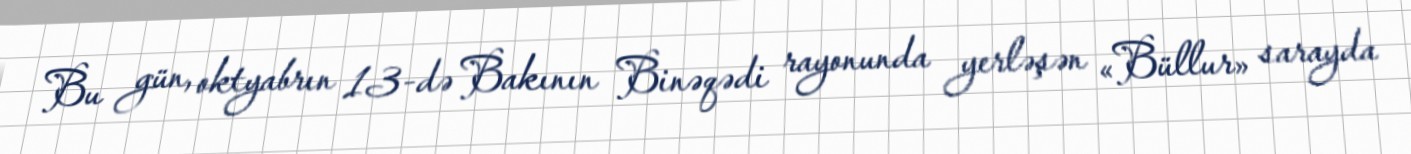
Bu gün, oktyabrın 13-də Bakının Binəqədi rayonunda yerləşən «Büllur» sarayda